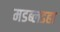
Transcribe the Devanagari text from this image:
मडब्लडहा